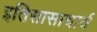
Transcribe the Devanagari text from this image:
इतिसासाचार्य